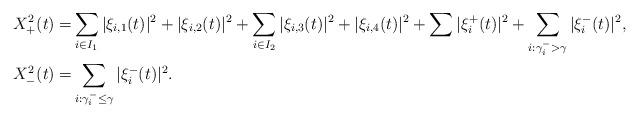
LaTeX: \begin{align*}X^2_+(t)= &\sum_{i\in I_1} |\xi_{i,1}(t)|^2+|\xi_{i,2}(t)|^2+\sum_{i\in I_2} |\xi_{i,3}(t)|^2+|\xi_{i,4}(t)|^2 + \sum |\xi^+_i(t)|^2+\sum_{i:\gamma^-_i>\gamma} |\xi^-_i(t)|^2,\\X^2_-(t)= &\sum_{i:\gamma^-_i\leq \gamma} |\xi^-_i(t)|^2.\end{align*}